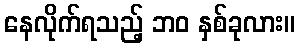
နေလိုက်ရသည့် ဘဝ နှစ်ခုလား။